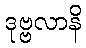
ဒုဗ္ဗလာနိ